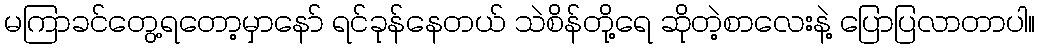
မကြာခင်တွေ့ရတော့မှာနော် ရင်ခုန်နေတယ် သဲစိန်တို့ရေ ဆိုတဲ့စာလေးနဲ့ ပြောပြလာတာပါ။